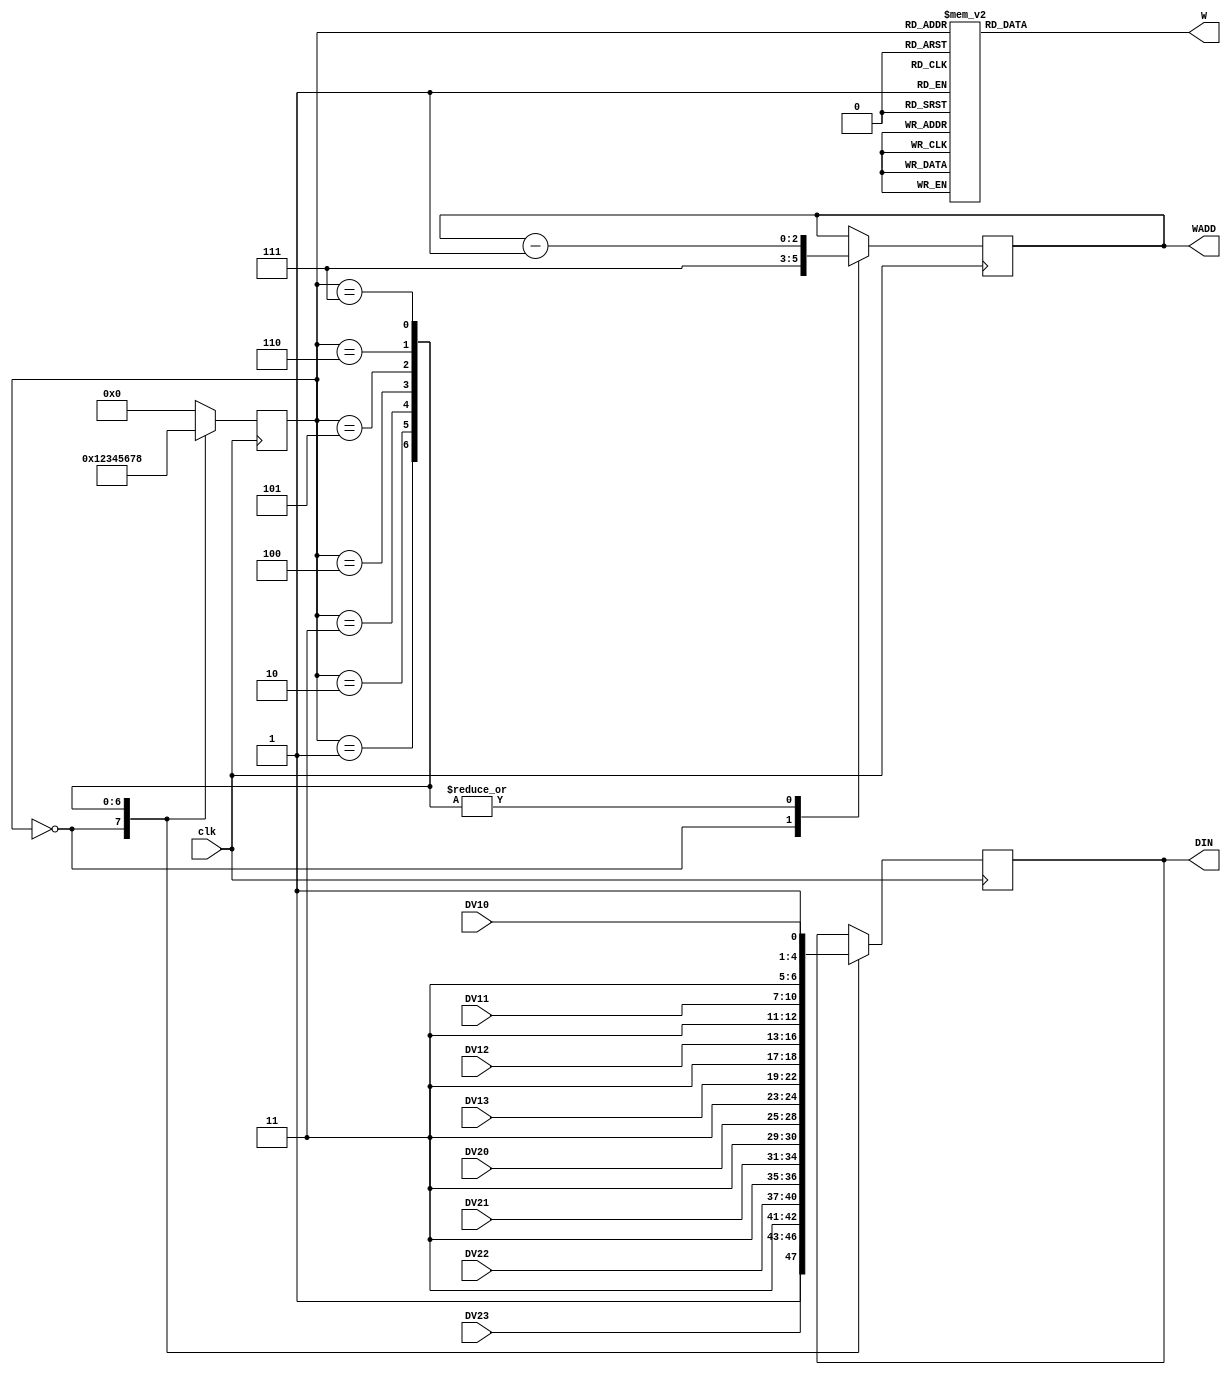
`timescale 1ns / 1ps
//////////////////////////////////////////////////////////////////////////////////
// Company: 
// Engineer: 
// 
// Design Name: 
// Module Name: DisplayController
// Project Name: 
// Target Devices: 
// Tool Versions: 
// Description: 
// 
// Dependencies: 
// 
// Revision:
// Revision 0.01 - File Created
// Additional Comments:
// 
//////////////////////////////////////////////////////////////////////////////////


module DisplayController(clk,DV23,DV22,DV21,DV20,DV13,DV12,DV11,DV10,W,WADD,DIN);
input clk;
input [3:0]DV10,DV11,DV12,DV13,DV20,DV21,DV22,DV23;
output W;
output [2:0]WADD;
output [5:0]DIN;
reg [3:0]state;
reg [2:0]WADD;
reg [5:0]DIN;
reg W;

initial begin
state <= 0;
WADD <= 0;
DIN <= 0;
end
always @(posedge clk)
case(state)
    0: begin state <= 1; WADD <= 7; DIN <={1'b1, DV23,1'b1};end
    1: begin state <= 2; WADD <= WADD-1; DIN <={1'b1, DV22,1'b1};end
    2: begin state <= 3; WADD <= WADD-1; DIN <={1'b1, DV21,1'b1};end
    3: begin state <= 4; WADD <= WADD-1; DIN <={1'b1, DV20,1'b1};end
    4: begin state <= 5; WADD <= WADD-1; DIN <={1'b1, DV13,1'b1};end
    5: begin state <= 6; WADD <= WADD-1; DIN <={1'b1, DV12,1'b1};end
    6: begin state <= 7; WADD <= WADD-1; DIN <={1'b1, DV11,1'b1};end
    7: begin state <= 8; WADD <= WADD-1; DIN <={1'b1, DV10,1'b1};end
    8: begin state <= 0; end
    default: state <= 0;
endcase

always @(*)
begin
case(state)
    0: W = 0;
    1: W = 1;
    2: W = 1;
    3: W = 1;
    4: W = 1;
    5: W = 1;
    6: W = 1;
    7: W = 1;
    8: W = 1;
    default: W = 0;
endcase
end
endmodule